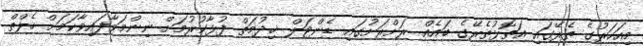
މިއަހަރުގެ ތެރޭގައި އަތޮޅުތެރޭގެ ބައެއް ރަށްރަށުގައި ޑެންޓަލް ޚިދުމަތް ފުޅާކުރުމަށް ނިންމަވާފައިވާކަމަށް ހެލްތް